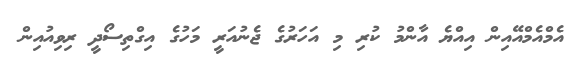
އެމްއެމްއޭއިން އިއްޔެ އާންމު ކުރި މި އަހަރުގެ ޖެނުއަރީ މަހުގެ އިގްތިސޯދީ ރިވިއުއިން